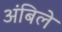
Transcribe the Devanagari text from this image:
अंबिले